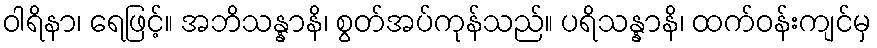
ဝါရိနာ၊ ရေဖြင့်။ အဘိသန္နာနိ၊ စွတ်အပ်ကုန်သည်။ ပရိသန္နာနိ၊ ထက်ဝန်းကျင်မှ